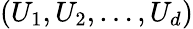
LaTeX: (U_{1},U_{2},\dots,U_{d})